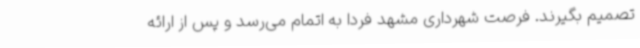
تصمیم بگیرند. فرصت شهرداری مشهد فردا به اتمام می‌رسد و پس از ارائه